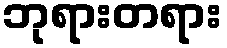
ဘုရားတရား